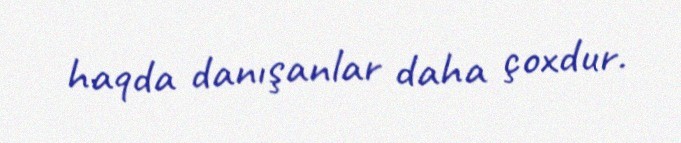
haqda danışanlar daha çoxdur.